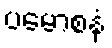
ပမောစနံ